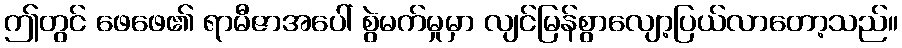
ဤတွင် ဖေဖေ၏ ရာမီဇာအပေါ် စွဲမက်မှုမှာ လျင်မြန်စွာလျော့ပြယ်လာတော့သည်။